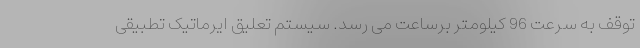
توقف به سرعت 96 کیلومتر برساعت می رسد. سیستم تعلیق ایرماتیک تطبیقی